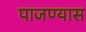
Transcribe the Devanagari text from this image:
पाजण्यास